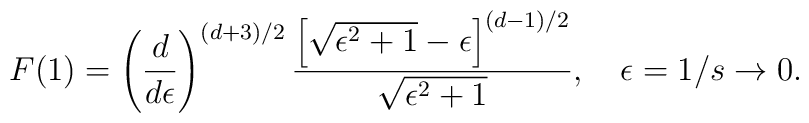
F(1)=\left(d\over d\epsilon\right)^{(d+3)/2}{\left[\sqrt{\epsilon^2+1}-\epsilon\right]^{(d-1)/2}\over\sqrt{\epsilon^2+1}}, \quad\epsilon=1/s\to0.